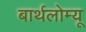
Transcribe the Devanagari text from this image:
बार्थलोम्यू